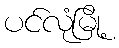
ပင်လုံမြို့